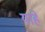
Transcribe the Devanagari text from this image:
याहे